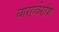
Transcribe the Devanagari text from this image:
बारहवेंराशि